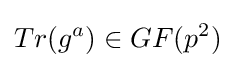
Tr(g^{a})\in GF(p^{2})